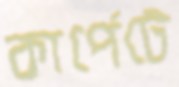
কার্পেটে